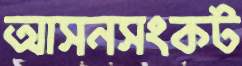
আসনসংকট